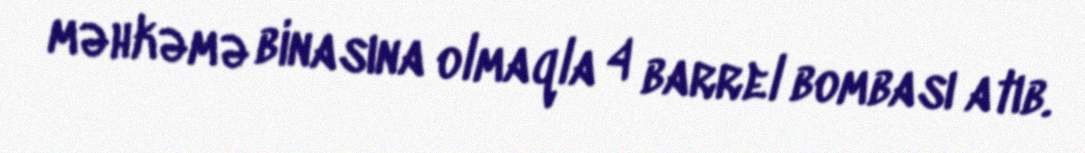
məhkəmə binasına olmaqla 4 barrel bombası atıb.